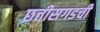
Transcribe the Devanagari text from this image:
छत्तीसगडची